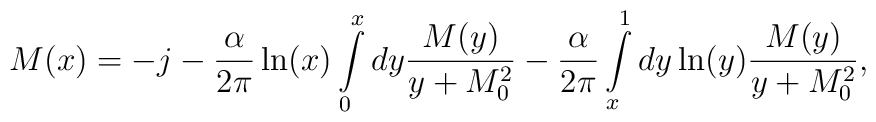
M(x)=-j-\frac{\alpha}{2\pi} \ln(x)\int\limits_{0}^{x} dy \frac{ M(y)}{y+M_0^2}-\frac{\alpha}{2\pi}\int\limits_{x}^{1} dy \ln(y) \frac{M(y)}{y+M_0^2},